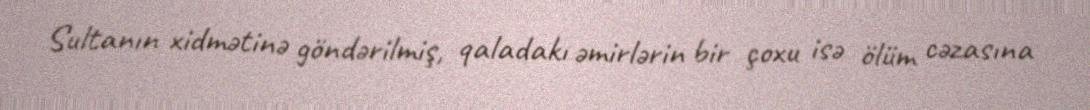
Sultanın xidmətinə göndərilmiş, qaladakı əmirlərin bir çoxu isə ölüm cəzasına